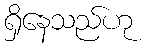
ရှိနေသည်ဟု